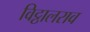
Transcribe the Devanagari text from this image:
विट्ठालराव